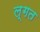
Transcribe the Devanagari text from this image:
ल्गत